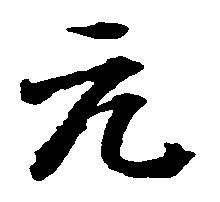
元